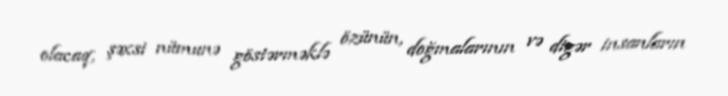
olacaq, şəxsi nümunə göstərməklə özünün, doğmalarının və digər insanların